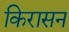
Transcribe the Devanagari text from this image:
किरासन